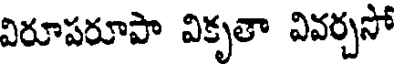
విరూపరూపా వికృతా వివర్చసో